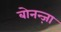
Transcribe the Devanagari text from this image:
बोनन्ज़ा